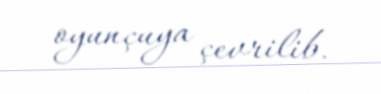
oyunçuya çevrilib.